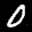
Label: 0